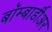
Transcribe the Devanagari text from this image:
बॉम्बार्डीअर